Annual report on the mental hospital in the Central Provinces and Berar (Nagpur) - 1927-1951
Year: 1927
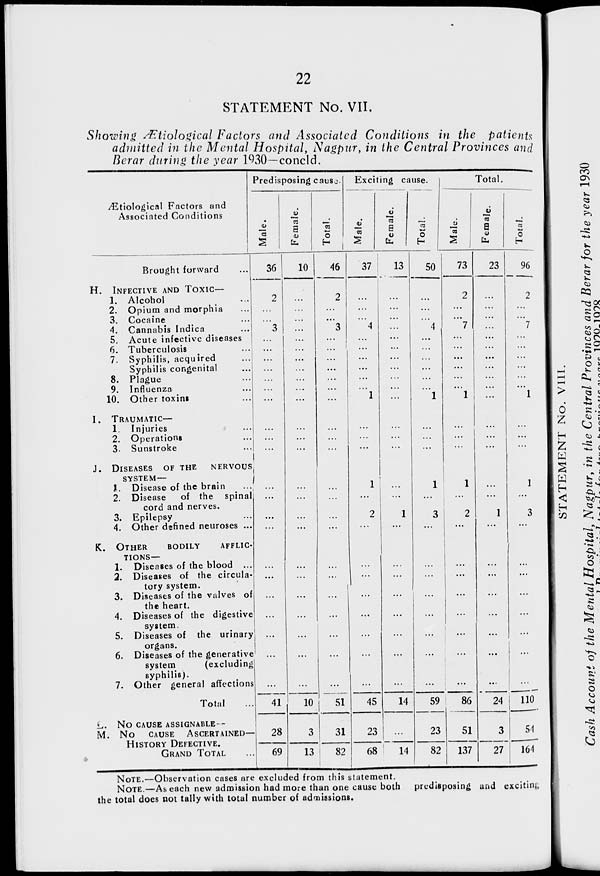
22
STATEMENT No. VII.
Showing Ætiological Factors and Associated Conditions in the patients
admitted in the Mental Hospital, Nagpur, in the Central Provinces and
Berar during the year 1930—concld.
Ætiological Factors and
Associated Conditions
Brought forward ...
H. INFECTIVE AND TOXIC—
1. Alcohol ...
2. Opium and morphia ...
3. Cocaine ...
4. Cannabis Indica ...
5. Acute infective diseases
6. Tuberculosis ...
7. Syphilis, acquired ...
Syphilis congenital ...
8. Plague ...
9. Influenza ...
10. Other toxins ...
I. TRAUMATIC—
1. Injuries ...
2. Operations ...
3. Sunstroke ...
J. DISEASES OF THE NERVOUS
SYSTEM —
J. Disease of the brain ...
2. Disease
of the spinal
cord and nerves.
3. Epilepsy ...
4. Other defined neuroses ...
K. OTHER
BODILY
AFFLIC-
-----—
1. Diseases of the blood ...
2. Diseases of the circula-
tory system.
3. Diseases of the valves of
the heart.
4. Diseases of the digestive
system.
5. Diseases of the urinary
organs.
6. Diseases of the generative
system
(excluding
syphilis).
7. Other general affections
Total ...
L.
NO CAUSE ASSIGNABLE—
M. NO CAUSE ASCERTAINED—
HISTORY UEFECTIVE.
GRAND TOTAL ...
Predisposing cause.
Male.
36
2
...
...
3
...
...
...
...
...
...
...
...
...
...
...
...
...
...
...
...
...
...
...
...
...
41
28
69
Female.
10
...
...
...
...
...
...
...
...
...
...
...
...
...
...
...
...
...
...
...
...
...
...
...
...
...
10
3
13
Total.
46
2
...
...
3
...
...
...
...
...
...
...
...
...
...
...
...
...
...
...
...
...
...
...
...
...
51
31
82
Exciting cause.
Male.
37
...
...
...
4
...
...
...
...
...
...
1
...
...
...
1
...
2
...
...
...
...
...
...
...
...
45
23
68
Female.
13
...
...
...
...
...
...
...
...
...
...
...
...
...
...
...
...
1
...
...
...
...
...
...
...
...
14
...
14
Total.
50
...
...
...
4
...
...
...
...
...
...
1
...
...
...
1
...
3
...
...
...
...
...
...
...
...
59
23
82
Total.
Male.
73
2
...
...
7
...
...
...
...
...
...
1
...
...
...
1
...
2
...
...
...
...
...
...
...
...
86
51
137
Female.
23
...
...
...
...
...
...
...
...
...
...
...
...
...
...
...
...
1
...
...
...
...
...
...
...
...
24
3
27
Total.
96
2
...
...
7
...
...
...
...
...
...
1
...
...
...
1
...
3
...
...
...
...
...
...
...
...
110
54
164
NOTE.—Observation cases are excluded from this statement.
NOTE.—As each new admission had more than one cause both
predisposing and exciting
the total does not tally with total number of admissions.